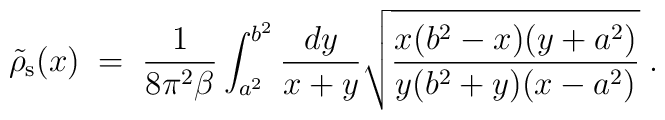
\tilde{\rho}_{\rm s}(x)\;=\;{1\over 8\pi^2\beta}\int_{a^2}^{b^2} { dy\over x+y} \sqrt{ {x(b^2-x)(y+a^2)\over y(b^2+y)(x-a^2)}}\;.